Report of the Municipal Commissioner on the plague in Bombay for the year ending 31st May... - Volume 2
Disease focus: Plague
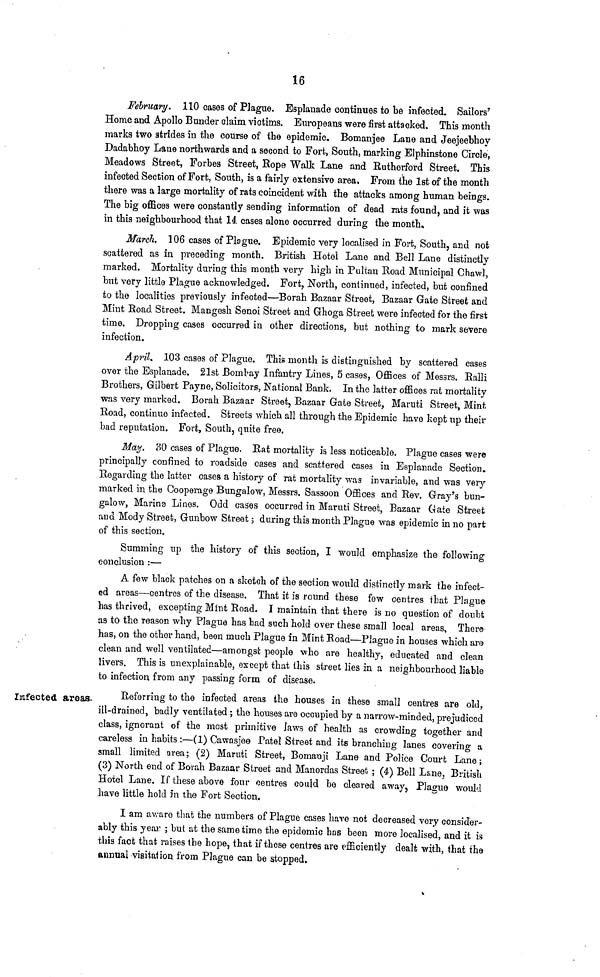
16
February, 110 cases of Plague. Esplanade continues to be infected. Sailors'
Home and Apollo Bunder claim victims. Europeans were first attacked. This month
marks two strides in the course of the epidemic. Bomanjee Lane and Jeejeebhoy
Dadabhoy Lane northwards and a second to Fort, South, marking Elphinstone Circle,
Meadows Street, Forbes Street, Rope Walk Lane and Rutherford Street. This
infected Section of Fort, South, is a fairly extensive area. From the 1st of the month
there was a large mortality of rats coincident with the attacks among human beings.
The big offices were constantly sending information of dead rats found, and it was
in this neighbourhood that 14. cases alone occurred during the month,
March. 106 cases of Plague. Epidemic very localised in Fort, South, and not
scattered as in preceding month. British Hotel Lane and Bell Lane distinctly
marked. Mortality during this month very high in Pultan Road Municipal Chawl,
but very little Plague acknowledged. Fort, North, continued, infected, but confined
to the localities previously infected—Borah Bazaar Street, Bazaar Gate Street and
Miut Road Street. Mangesh Senoi Street and Ghoga Street were infected for the first
time. Dropping cases occurred in other directions, but nothing to mark severe
infection.
April. 103 cases of Plague. This month is distinguished by scattered cases
over the Esplanade. 21st Bombay Infantry Lines, 5 cases, Offices of Messrs. Ralli
Brothers, Gilbert Payne, Solicitors, National Bank. In the latter offices rat mortality
was very marked. Borah Bazaar Street, Bazaar Gate Street, Maruti Street, Mint
Road, continue infected. Streets which all through the Epidemic have kept up their
bad reputation. Fort, South, quite free.
May. 30 cases of Plague. Rat mortality is less noticeable. Plague cases were
principally confined to roadside cases and scattered cases in Esplanade Section.
Regarding the latter cases a history of rat mortality was invariable, and was very
marked in the Cooperage Bungalow, Messrs. Sassoon Offices and Rev. Gray's bun-
galow, Marina Lines. Odd cases occurred in Maruti Street, Bazaar Gate Street
and Mody Street, Gunbow Street; during this month Plague was epidemic in no part
of this section.
Summing up the history of this section, I would emphasize the following
conclusion :—
A few black patches on a sketch of the section would distinctly mark the infect-
ed areas—centres of the disease. That it is round these few centres that Plneue o
has thrived, excepting Mint Road. I maintain that there is no question of doubt
as to the reason why Plague has bad such hold over these small local areas, There
has, on the other hand, been much Plague in Mint Road—Plague in houses which are-
clean and well ventilated—amongst people who are healthy, educated and clean
livers. This is unexplainable, except that this street lies in a neighbourhood liable
to infection from any passing form of disease.
Isifected areas.
Referring to the infected areas the houses in these small centres are old,
ill-drained, badly ventilated ; the houses are occupied by a narrow-minded, prejudiced
class, ignorant of the most primitive Jaws of health as crowding together and
careless in habits :—(1) Cawasjee Patel Street and its branching lanes covering a
small limited area; (2) Maruti Street, Bomanji Lane and Police Court Lane;
(3) North end of Borah Bazaar Street and Manordas Street ; (4) Bell Lane, British
Hotel Lane. If these above four centres could be cleared away. Plague would
have little hold m the Fort Section.
I am a\vare that the numbers of Plague cases have not decreased very consider-
ably this year ; but at the same time the epidemic has been more localised, and it is
this facfc that raises the hope, that if these centres are efficiently dealt with, that the
annual-visitai ion from Plague can be stopped.